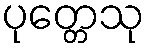
ပုတ္တေသု